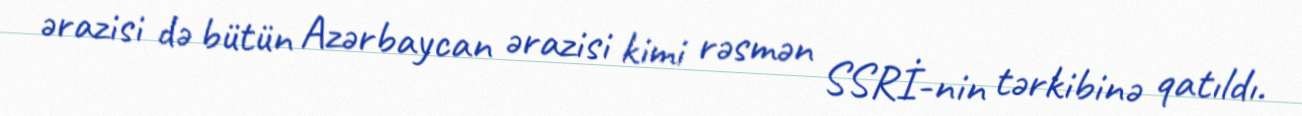
ərazisi də bütün Azərbaycan ərazisi kimi rəsmən SSRİ-nin tərkibinə qatıldı.